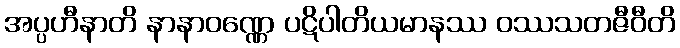
အပ္ပဟီနာတိ နာနာဝဏ္ဏေ ပဋိပါတိယမာနဿ ဝဿသတဇီဝီတိ